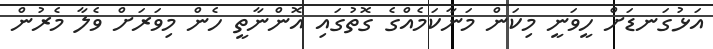
އަޅުގަނޑަށް ހީވަނީ މިކަން މަނާކަމެއްގެ ގޮތުގައި އޮންނާތީ ހެން މިވަރަށް ވެލާ މެރުން